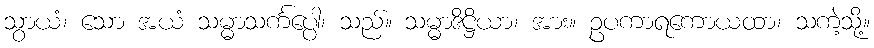
သွာယံ၊ သော အယံ သမ္မာသင်္ကပ္ပေါ၊ သည်။ သမ္မာဒိဋ္ဌိယာ၊ အား။ ဥပကာရကောယထာ၊ သကဲ့သို့။